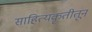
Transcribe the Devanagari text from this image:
साहित्यकृतीतून